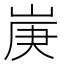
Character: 𡷳